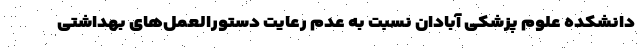
دانشکده علوم پزشکی آبادان نسبت به عدم رعایت دستورالعمل‌های بهداشتی